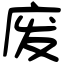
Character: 废